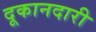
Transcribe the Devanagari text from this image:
दूकानदारी